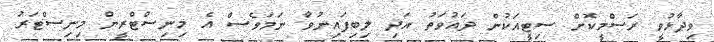
ވިދާޅުވީ ރަސްމީކޮށް ސިޓީއަކުން ދައުވަތު އަދި ލިބިފައިނުވާ ނަމަވެސް އެ މިނިސްޓްރީން މިނިސްޓަރު